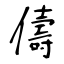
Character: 儔